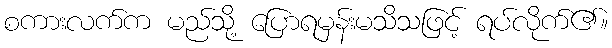
စကားလက်က မည်သို့ ပြောရမှန်းမသိသဖြင့် ရပ်လိုက်၏။